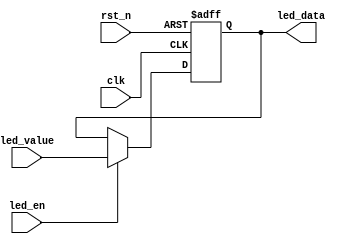
/*-----------------------------------------------------------------------
								 \\\|///
							   \\  - -  //
								(  @ @  )  
+-----------------------------oOOo-(_)-oOOo-----------------------------+
CONFIDENTIAL IN CONFIDENCE
This confidential and proprietary software may be only used as authorized
by a licensing agreement from CrazyBingo (Thereturnofbingo).
In the event of publication, the following notice is applicable:
Copyright (C) 2012-20xx CrazyBingo Corporation
The entire notice above must be reproduced on all authorized copies.
Author				:		CrazyBingo
Technology blogs 	: 		http://blog.chinaaet.com/crazybingo
Email Address 		: 		thereturnofbingo@gmail.com
Filename			:		KEY_Scan_Design.v
Data				:		2011-06-25 00:51
Description			:		led data input with enable signal.
Modification History	:
Data			By			Version			Change Description
=========================================================================
11/06/25		CrazyBingo	1.1				Original
13/01/16		CrazyBingo	2.0				Modification
-------------------------------------------------------------------------
|                                     Oooo								|
+-------------------------------oooO--(   )-----------------------------+
                               (   )   ) /
                                \ (   (_/
                                 \_)
-----------------------------------------------------------------------*/
`timescale 1ns/1ns
module led_input_display
#(
	parameter LED_WIDTH = 8
)
(
	//global clock
	input						clk,
	input						rst_n,
	
	//user interface
	input						led_en,
	input		[LED_WIDTH-1:0]	led_value,
	
	//led interface	
	output	reg	[LED_WIDTH-1:0]	led_data
);

//--------------------------------------
always@(posedge clk or negedge rst_n)
begin
	if(!rst_n)
		led_data <= {LED_WIDTH{1'b0}};
	else if(led_en)
		led_data <= led_value;
	else
		led_data <= led_data;
end

endmodule